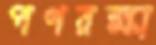
পণরক্ষা